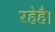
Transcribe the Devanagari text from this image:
रहेहै।